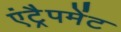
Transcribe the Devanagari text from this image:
एंट्रैपमेंट